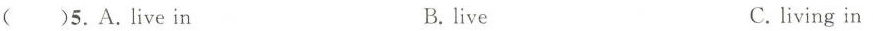
()5.A.Live in B.ie C. living in